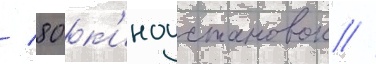
/ 80 к'иноустановок /